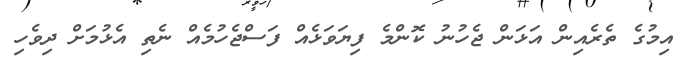
އިމުގެ ތެރެއިން އަޅަން ޖެހުނު ކޮންމެ ފިޔަވަޅެއް ފަސްޖެހުމެއް ނެތި އެޅުމަށް ދިވެހި